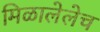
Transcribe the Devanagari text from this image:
मिळालेलेच